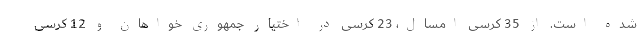
شده است. از 35 کرسی امسال، 23 کرسی در اختیار جمهوری خواهان و 12 کرسی